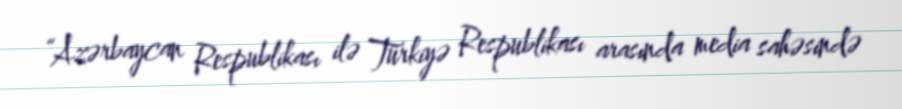
“Azərbaycan Respublikası ilə Türkiyə Respublikası arasında media sahəsində